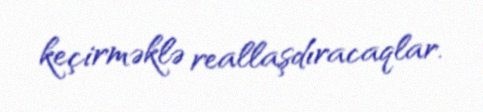
keçirməklə reallaşdıracaqlar.